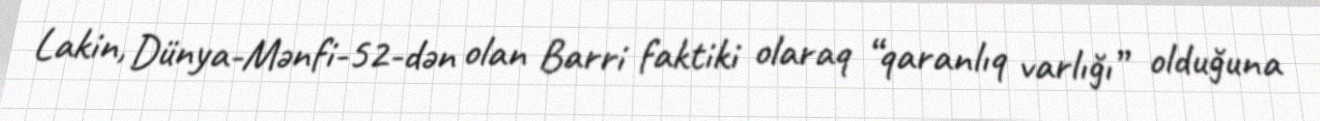
Lakin, Dünya-Mənfi-52-dən olan Barri faktiki olaraq “qaranlıq varlığı” olduğuna